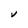
Character: V